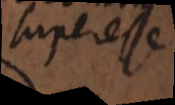
super esse